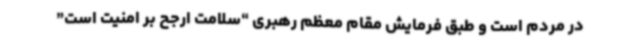
در مردم است و طبق فرمایش مقام معظم رهبری “سلامت ارجح بر امنیت است”